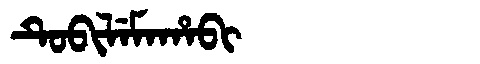
Manchu: ᡨᡠᠪᡳᠯᡝᠮᠠᡥᠠᠪᡳ
Romanization: TUBILEMAHABI